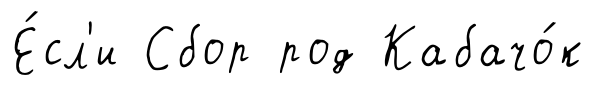
Е́сл'и Сбор род Кабачо́к